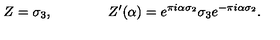
Z = \sigma _ { 3 } , \qquad \qquad Z ^ { \prime } ( \alpha ) = e ^ { \pi i \alpha \sigma _ { 2 } } \sigma _ { 3 } e ^ { - \pi i \alpha \sigma _ { 2 } } .